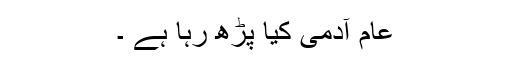
عام آدمی کیا پڑھ رہا ہے ۔